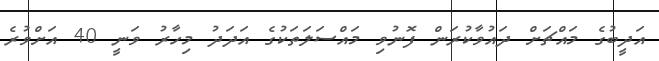
އަދީބުގެ މައްޗަށް ދައުވާކުރަން ފޮނުވި މައްސަލަތަކުގެ އަދަދު މިހާރު ވަނީ 40 އަށްވުރެ